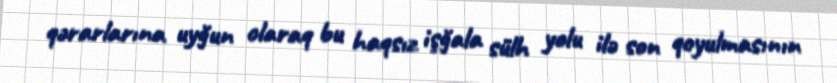
qərarlarına uyğun olaraq bu haqsız işğala sülh yolu ilə son qoyulmasının